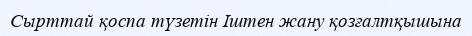
Сырттай қоспа түзетін Іштен жану қозғалтқышына